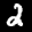
Label: 2